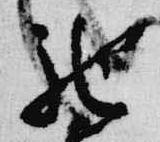
馳